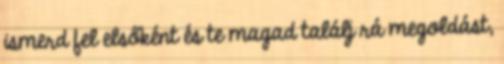
ismerd fel elsőként és te magad találj rá megoldást,